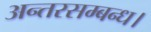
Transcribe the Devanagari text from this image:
अन्तरसम्बन्ध।